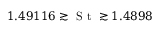
1 . 4 9 1 1 6 \gtrsim \textrm { S t } \gtrsim 1 . 4 8 9 8